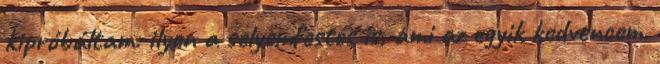
kipróbáltam: ilyen a selyemfestés is, ami az egyik kedvencem.